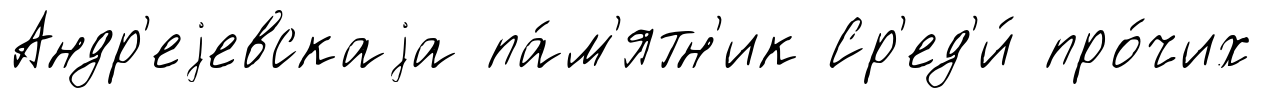
Андр'еjевскаjа па́м'ятн'ик Ср'ед'и́ про́чих